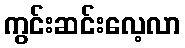
ကွင်းဆင်းလေ့လာ